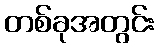
တစ်ခုအတွင်း